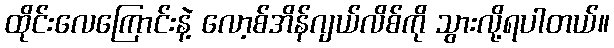
ထိုင်းလေကြောင်းနဲ့ လော့စ်အိန်ဂျယ်လိစ်ကို သွားလို့ရပါတယ်။